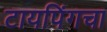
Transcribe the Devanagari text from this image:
टायपिंगचा